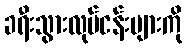
ခရီးသွားလုပ်ငန်းများကို